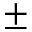
\pm